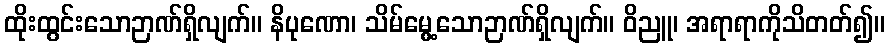
ထိုးထွင်းသောဉာဏ်ရှိလျက်။ နိပုဏော၊ သိမ်မွေ့သောဉာဏ်ရှိလျက်။ ဝိညူ၊ အရာရာကိုသိတတ်၍။